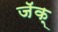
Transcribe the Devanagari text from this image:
जॅक्